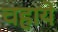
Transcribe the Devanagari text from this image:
चहाये